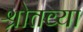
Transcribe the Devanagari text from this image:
श्रोतव्या